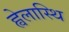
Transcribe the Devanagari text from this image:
ह्वेलास्थि